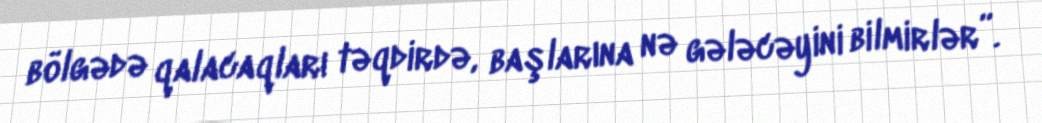
bölgədə qalacaqları təqdirdə, başlarına nə gələcəyini bilmirlər”.